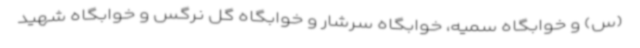
(س) و خوابگاه سمیه، خوابگاه سرشار و خوابگاه گل نرگس و خوابگاه شهید